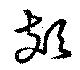
頍